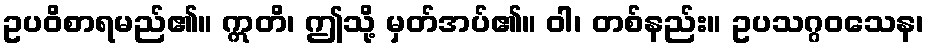
ဥပဝိစာရမည်၏။ ဣတိ၊ ဤသို့ မှတ်အပ်၏။ ဝါ၊ တစ်နည်း။ ဥပသဂ္ဂဝသေန၊